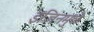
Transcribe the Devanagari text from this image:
इंजिनमुळे